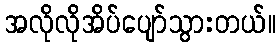
အလိုလိုအိပ်ပျော်သွားတယ်။